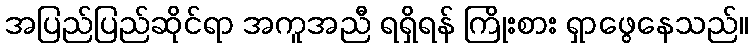
အပြည်ပြည်ဆိုင်ရာ အကူအညီ ရရှိရန် ကြိုးစား ရှာဖွေနေသည်။